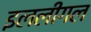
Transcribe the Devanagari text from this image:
इललीगल